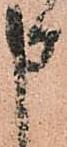
申